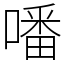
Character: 噃